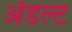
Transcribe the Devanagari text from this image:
ॲडल्ट